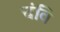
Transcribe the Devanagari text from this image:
चंवि